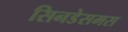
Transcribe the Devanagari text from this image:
सिनडेसमस